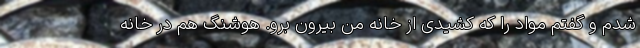
شدم و گفتم مواد را که کشیدی از خانه من بیرون برو. هوشنگ هم در خانه